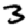
Digit: 3